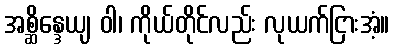
အစ္ဆိန္ဒေယျ ဝါ၊ ကိုယ်တိုင်လည်း လုယက်ငြားအံ့။